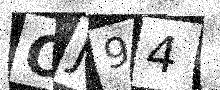
Text: OJ94